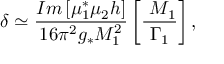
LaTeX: \delta \simeq { \frac { { I m \left[ \mu _ { 1 } ^ { * } \mu _ { 2 } h \right] } } { { 1 6 \pi ^ { 2 } g _ { * } M _ { 1 } ^ { 2 } } } } \left[ { \frac { { \ M _ { 1 } } } { \Gamma _ { 1 } } } \right] ,